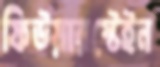
ফিউয়ারস্টেইন